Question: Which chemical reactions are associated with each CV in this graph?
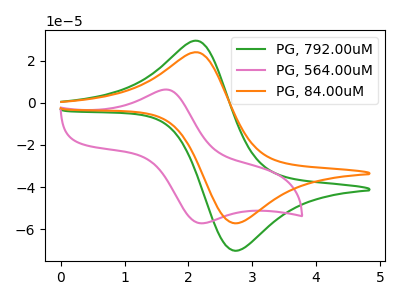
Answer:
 <answer>The green curve is labeled "PG, 792.00uM". The pink curve is labeled "PG, 564.00uM". The orange curve is labeled "PG, 84.00uM".</answer>
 <eval></eval>